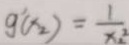
g ^ { \prime } ( x _ { 2 } ) = \frac { 1 } { x _ { 2 } ^ { 2 } }